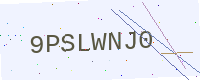
Text: 9PSLWNJ0